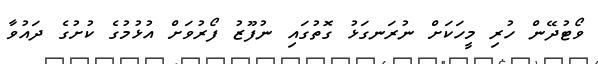
ވޯޓުދޭން ހުރި މީހަކަށް ނުރަނގަޅު ގޮތުގައި ނުފޫޒު ފޯރުވަށް އުޅުމުގެ ކުށުގެ ދައުވާ